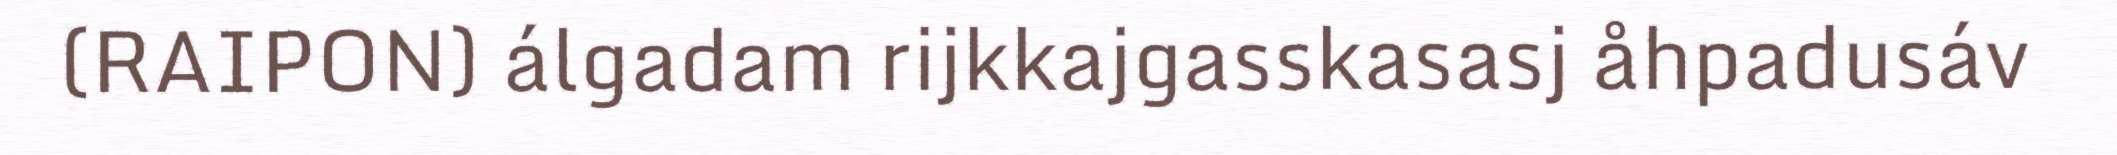
(RAIPON) álgadam rijkkajgasskasasj åhpadusáv